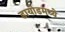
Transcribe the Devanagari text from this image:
डायोडमध्ये